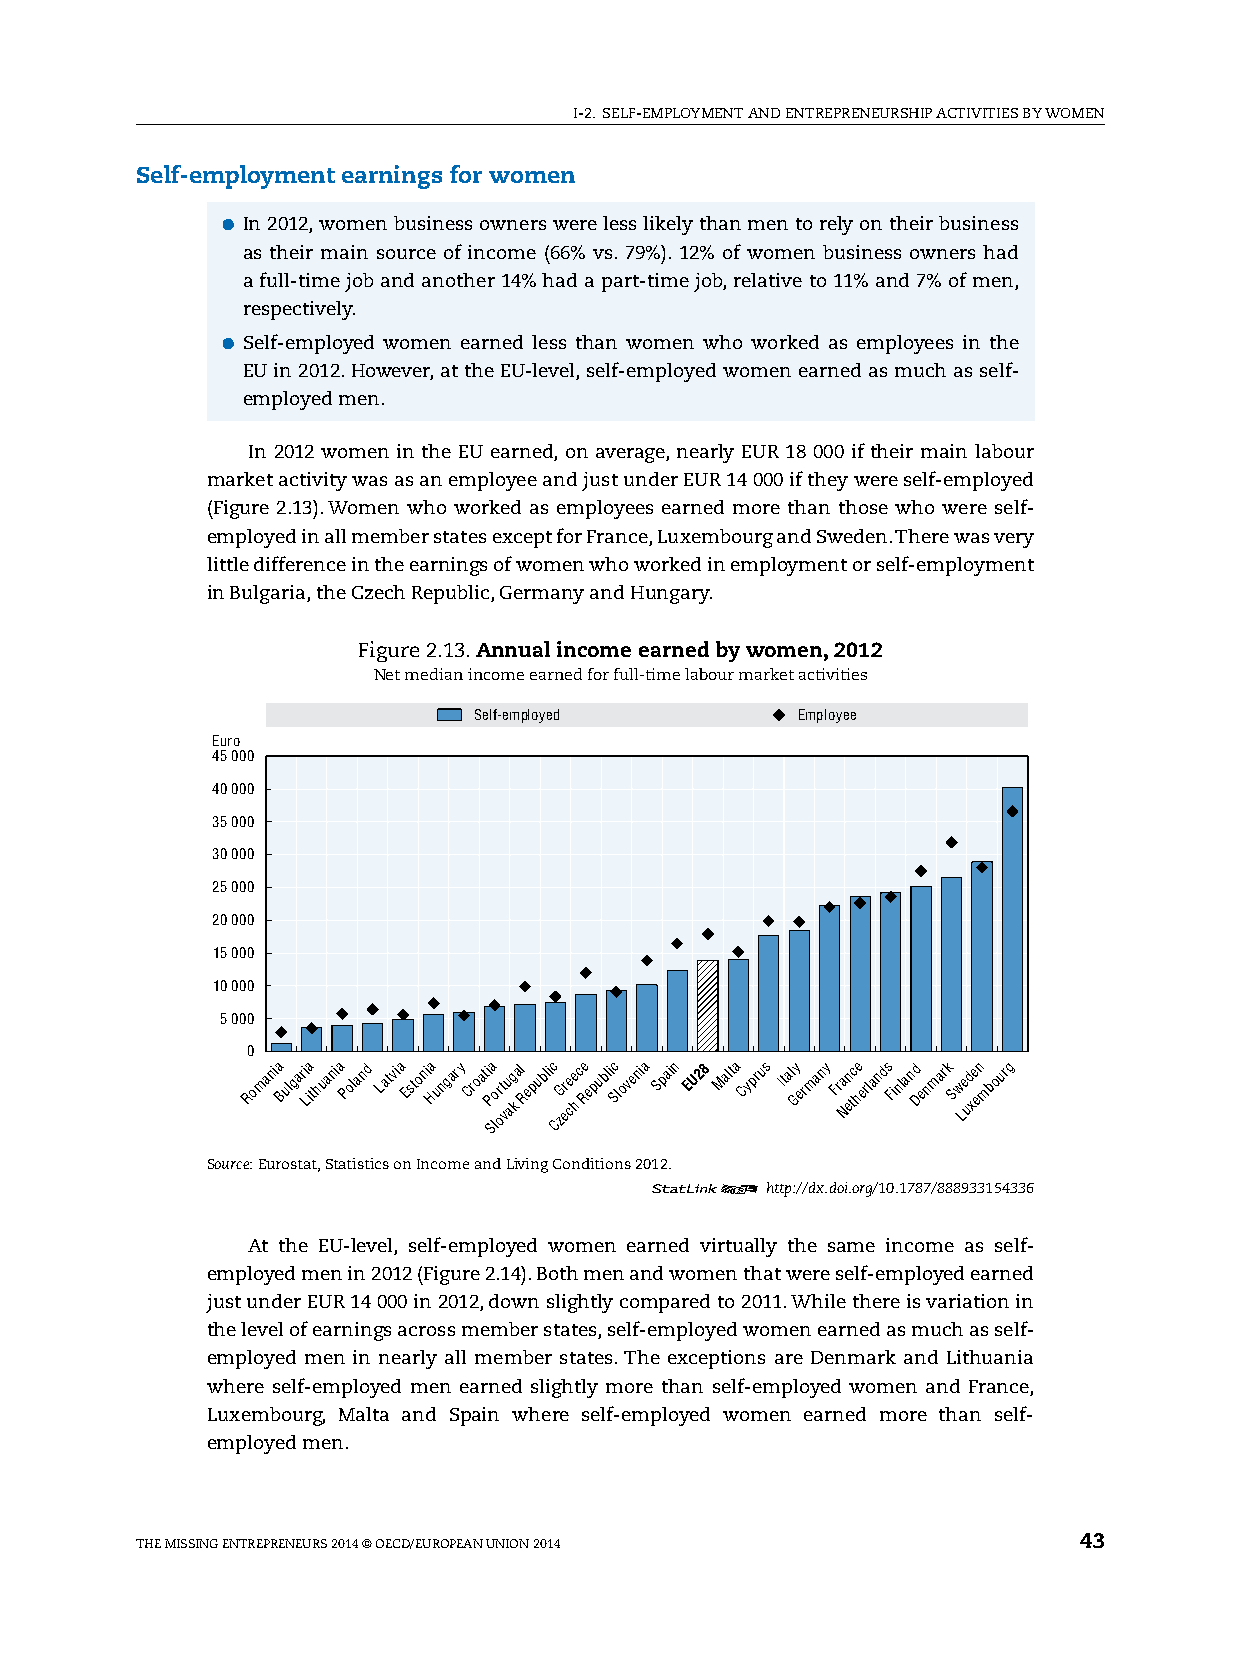
I-2. sElF-EMplOyMENT AND ENTREpRENEURshIp ACTIvITIEs By WOMEN
 Self-employment earnings for women
 ●●In 2012, women business owners were less likely than men to rely on their business
 as their main source of income (66% vs. 79%). 12% of women business owners had
 a full-time job and another 14% had a part-time job, relative to 11% and 7% of men,
 respectively.
 ●●self-employed women earned less than women who worked as employees in the
 EU in 2012. however, at the EU-level, self-employed women earned as much as self-
 employed men.
 In 2012 women in the EU earned, on average, nearly EUR 18 000 if their main labour
 market activity was as an employee and just under EUR 14 000 if they were self-employed
 (Figure 2.13). Women who worked as employees earned more than those who were self-
 employed in all member states except for France, luxembourg and sweden. There was very
 little difference in the earnings of women who worked in employment or self-employment
 in Bulgaria, the Czech Republic, Germany and hungary.
 Figure 2.13. Annual income earned by women, 2012
 Net median income earned for full-time labour market activities
 Self-employed         Employee
 Euro
 45 000
 40 000
 35 000
 30 000
 25 000
 20 000
 15 000
 10 000
 5 000
 0
 Romania Bulgari Lia thuania Poland Latvia Estoni Ha ungary Croati
 P
 Sa lor ot vu ag
 k
 al Republic CzGr ee ce
 h
 c Re epublic Slovenia Spain EU28 Malta Cyprus Ital Gy ermany Fra Nen tc he erlands Finland Denmark Sw Le ud xe en mbourg
 Source: Eurostat, statistics on Income and living Conditions 2012.
 12      http://dx.doi.org/10.1787/888933154336
 At the EU-level, self-employed women earned virtually the same income as self-
 employed men in 2012 (Figure 2.14). Both men and women that were self-employed earned
 just under EUR 14 000 in 2012, down slightly compared to 2011. While there is variation in
 the level of earnings across member states, self-employed women earned as much as self-
 employed men in nearly all member states. The exceptions are Denmark and lithuania
 where self-employed men earned slightly more than self-employed women and France,
 luxembourg, Malta and spain where self-employed women earned more than self-
 employed men.
 ThE MIssING ENTREpRENEURs 2014 © OECD/EUROpEAN UNION 2014     43